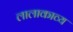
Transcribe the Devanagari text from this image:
लालाकाव्य